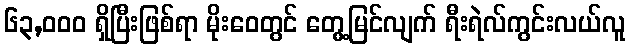
၆၃,၀၀၀ ရှိပြီးဖြစ်ရာ မိုးဝေတွင် တွေ့မြင်လျက် ရီးရဲလ်ကွင်းလယ်လူ